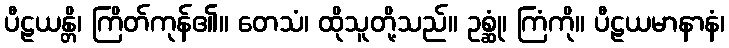
ပီဠယန္တိ၊ ကြိတ်ကုန်၏။ တေသံ၊ ထိုသူတို့သည်။ ဥစ္ဆုံ၊ ကြံကို။ ပီဠယမာနာနံ၊